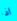
اذا